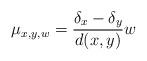
LaTeX: \begin{align*}\mu_{x,y,w}=\frac{\delta_x-\delta_y}{d(x,y)}w\end{align*}